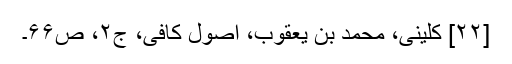
[۲۲] کلینی، محمد بن یعقوب، اصول کافی، ج۲، ص۶۶۔